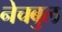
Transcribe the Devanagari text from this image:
नेचबुल